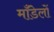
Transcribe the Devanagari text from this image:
माँडेलों